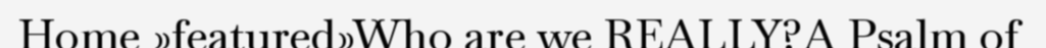
Home »featured»Who are we REALLY?A Psalm of